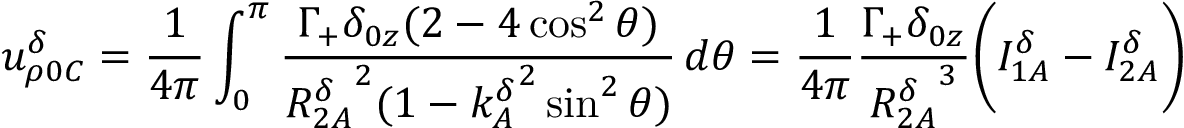
u _ { \rho 0 C } ^ { \delta } = \frac { 1 } { 4 \pi } \int _ { 0 } ^ { \pi } \frac { \Gamma _ { + } \delta _ { 0 z } ( 2 - 4 \cos ^ { 2 } \theta ) } { { R _ { 2 A } ^ { \delta } } ^ { 2 } ( 1 - { k _ { A } ^ { \delta } } ^ { 2 } \sin ^ { 2 } \theta ) } \, d \theta = \frac { 1 } { 4 \pi } \frac { \Gamma _ { + } \delta _ { 0 z } } { { R _ { 2 A } ^ { \delta } } ^ { 3 } } \bigg ( I _ { 1 A } ^ { \delta } - I _ { 2 A } ^ { \delta } \bigg )